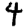
Digit: 4